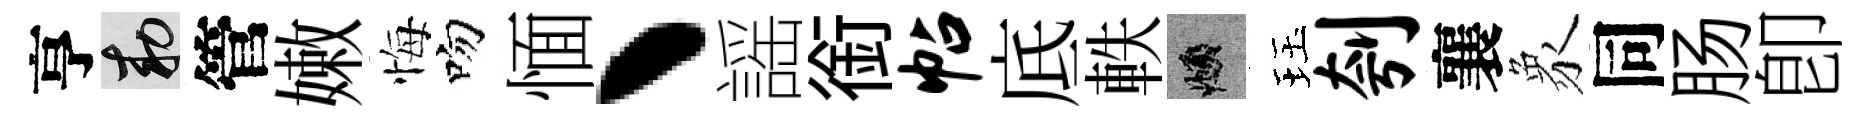
亨敕管嫩悔吻愐丶謡銜帖底軼頫珏刳襄象同肠卽